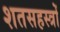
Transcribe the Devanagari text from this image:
शतसहस्त्रों